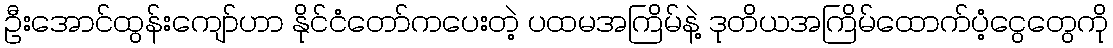
ဦးအောင်ထွန်းကျော်ဟာ နိုင်ငံတော်ကပေးတဲ့ ပထမအကြိမ်နဲ့ ဒုတိယအကြိမ်ထောက်ပံ့ငွေတွေကို